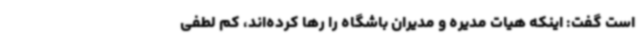
است گفت: اینکه هیات مدیره و مدیران باشگاه را رها کرده‌اند، کم لطفی